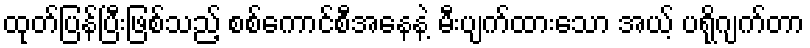
ထုတ်ပြန်ပြီးဖြစ်သည့် စစ်ကောင်စီအနေနဲ့ မီးပျက်ထားသော အယ့် ပရိုဂျက်တာ